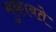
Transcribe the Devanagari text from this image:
मुकाबते